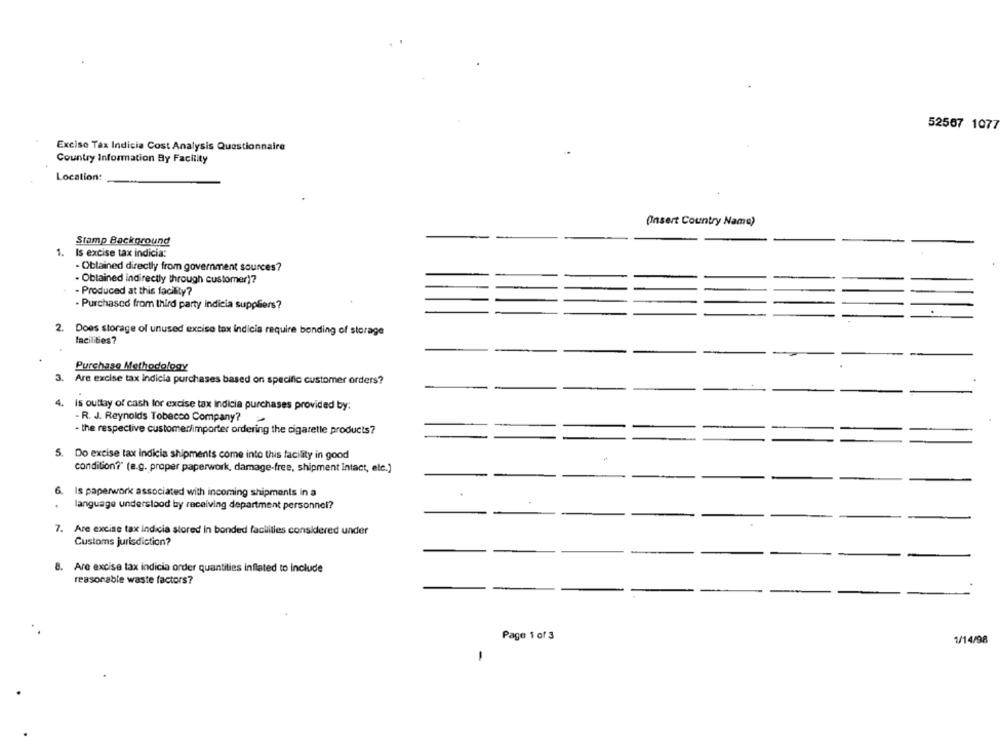
52567 1077
Excise Tax Indicia Cost Analysis Questionnaire
Country Information By Facility
Location:
(Insert Country Name)
Stamp Background
1. Is excise tax indicia:
· Obtained directly from government sources?
- Obtained indirectly through customer)?
- Produced at this facility?
- Purchased from third party indicia suppliers?
2. Does storage of unused excise tax indicia require bonding of storage
lacilities?
Purchase Methodology
3. Are excise tax indicia purchases based on specific customer orders?
4. is outtay of cash lor excise tax indicia purchases provided by:
- R. J. Reynolds Tobacco Company?
- the respective customer/importer ordering the cigarette products?
5. Do excise tax Indicia shipments come into this facility in good
condition?" (e.g. proper paperwork, damage-free, shipment Intact, ele.]
6. Is paperwork associated with incoming shipments in a
.
language understood by receiving department personnel?
7. Are excise tax indicia stored in bonded facilities considered under
Customs jurisdiction?
8. Are excise tax indicia order quantities inflated to include
reasonable waste factors?
Page 1 of 3
1/14/98
-